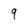
Character: 9